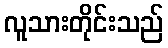
လူသားတိုင်းသည်